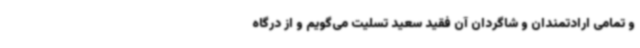
و تمامی ارادتمندان و شاگردان آن فقید سعید تسلیت می‌گویم و از درگاه